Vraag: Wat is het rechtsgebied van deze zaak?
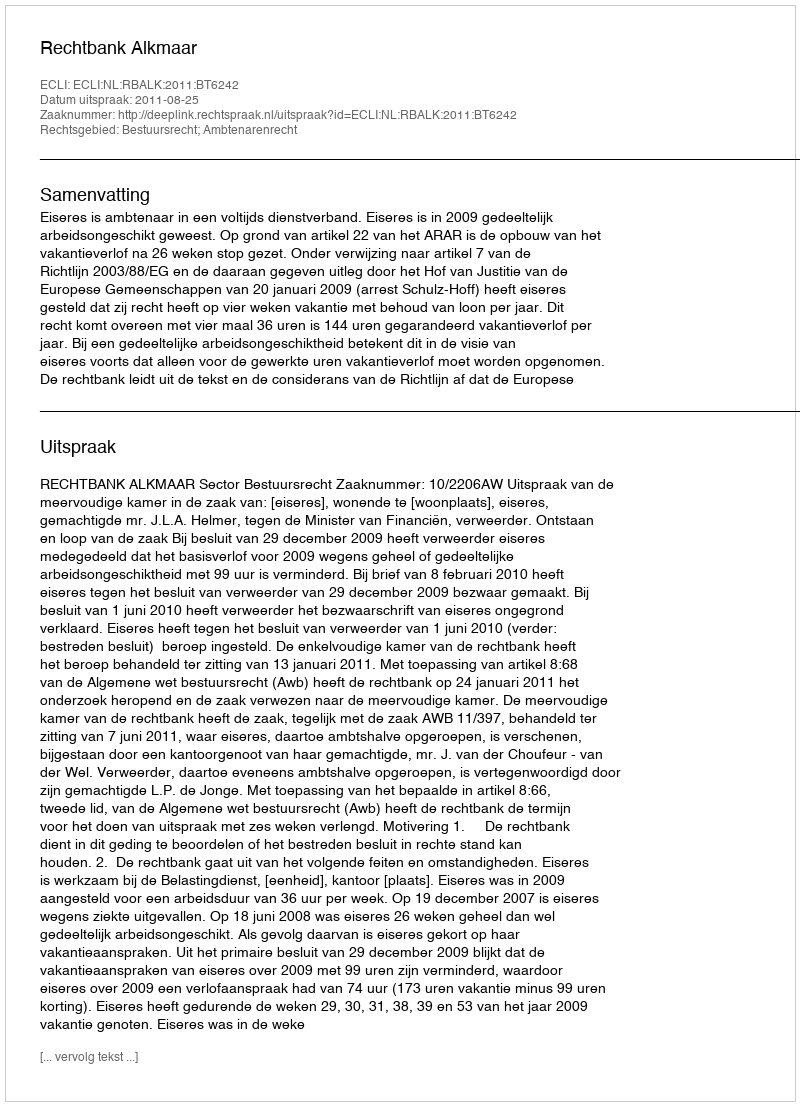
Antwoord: Bestuursrecht; Ambtenarenrecht